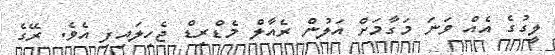
ލީގުގެ އެއް ވަނަ މަގާމަށް އަލުން ރެއާލް މެޑްރިޑް ޖެހިލައިފި އެވެ. ރޭގެ